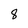
Character: 8